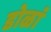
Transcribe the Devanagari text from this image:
डोळां